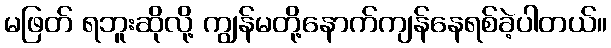
မဖြတ် ရဘူးဆိုလို့ ကျွန်မတို့နောက်ကျန်နေရစ်ခဲ့ပါတယ်။